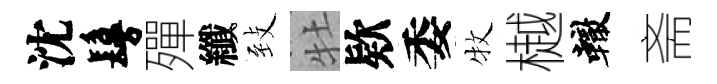
沈鬘殫纖𦤺牡欵委牧樾轍斋